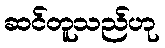
ဆင်တူသည်ဟု